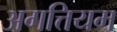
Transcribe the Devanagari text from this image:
अगत्तियम